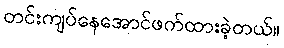
တင်းကျပ်နေအောင်ဖက်ထားခဲ့တယ်။